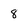
Character: 8